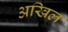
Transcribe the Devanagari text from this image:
अखिल